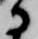
に